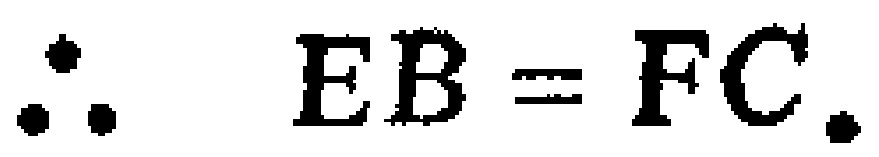
\(\therefore EB = FC.\)